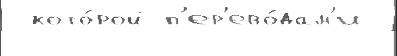
 кото́рой п'ер'ево́дам'и